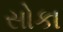
સોકા